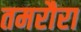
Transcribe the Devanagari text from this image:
तमरौरा